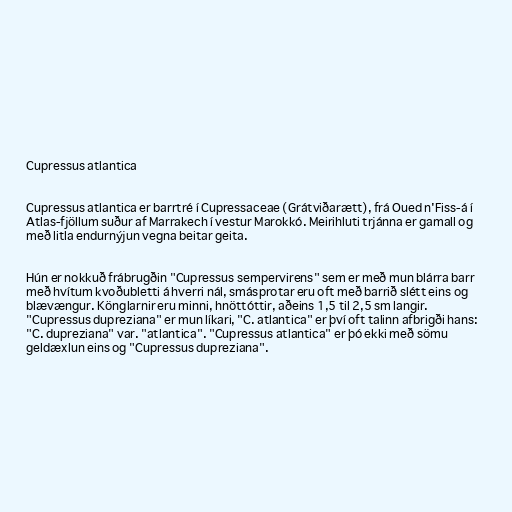
Cupressus atlantica

Cupressus atlantica er barrtré í Cupressaceae (Grátviðarætt), frá Oued n'Fiss-á í
Atlas-fjöllum suður af Marrakech í vestur Marokkó. Meirihluti trjánna er gamall og
með litla endurnýjun vegna beitar geita.

Hún er nokkuð frábrugðin "Cupressus sempervirens" sem er með mun blárra barr
með hvítum kvoðubletti á hverri nál, smásprotar eru oft með barrið slétt eins og
blævængur. Könglarnir eru minni, hnöttóttir, aðeins 1,5 til 2,5 sm langir.
"Cupressus dupreziana" er mun líkari, "C. atlantica" er því oft talinn afbrigði hans:
"C. dupreziana" var. "atlantica". "Cupressus atlantica" er þó ekki með sömu
geldæxlun eins og "Cupressus dupreziana".